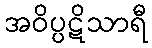
အဝိပ္ပဋိသာရီ